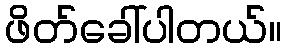
ဖိတ်ခေါ်ပါတယ်။